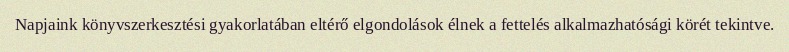
Napjaink könyvszerkesztési gyakorlatában eltérő elgondolások élnek a fettelés alkalmazhatósági körét tekintve.